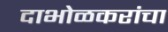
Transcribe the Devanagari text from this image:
दाभोळकरांचा